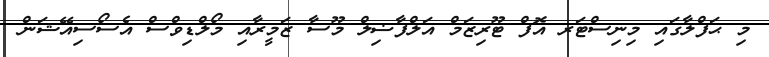
މި ޙަފްލާގައި މިނިސްޓަރ އޮފް ޓޫރިޒަމް އަލްފާޟިލް މޫސާ ޒަމީރާއި މޯލްޑިވްސް އެސޯސިއޭޝަން